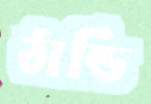
ঠান্ডি